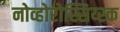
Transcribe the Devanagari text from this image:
नोव्होरोस्सिय्स्क